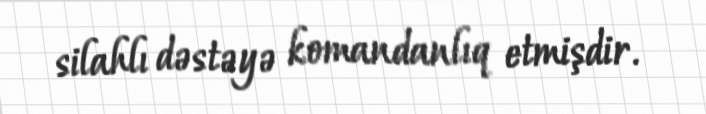
silahlı dəstəyə komandanlıq etmişdir.